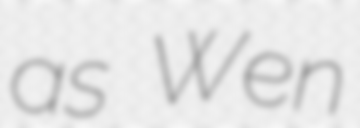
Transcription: as Wen